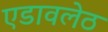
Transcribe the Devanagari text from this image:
एडावलेठ